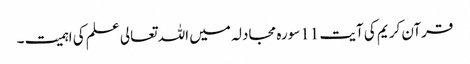
قرآن کریم کی آیت 11سورہ مجادلہ میں اللہ تعالی علم کی اہمیت ۔